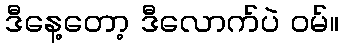
ဒီနေ့တော့ ဒီလောက်ပဲ ဝမ်။